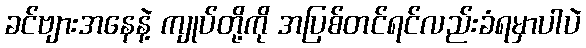
ခင်ဗျားအနေနဲ့ ကျုပ်တို့ကို အပြစ်တင်ရင်လည်းခံရမှာပါပဲ